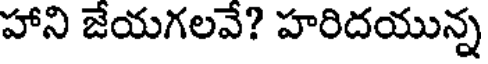
హాని జేయగలవే? హరిదయున్న